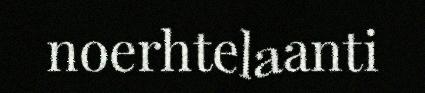
noerhtelaanti